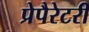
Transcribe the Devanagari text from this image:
प्रेपैरेटरी